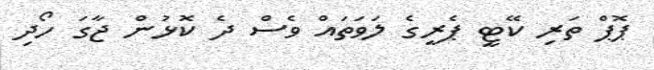
ޕޮޕް ތަރި ކޭޓީ ޕެރީގެ ލަވަތައް ވެސް ދެ ކޮޅުން ޖާގަ ހޯދި